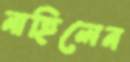
নাহিলেন